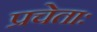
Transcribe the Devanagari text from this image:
प्रचेताः